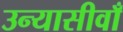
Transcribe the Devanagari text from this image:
उन्यासीवाँ